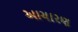
આચારણ